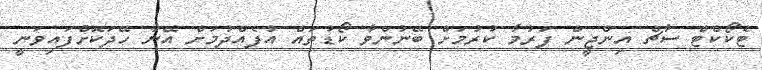
ޓެކޯކެޓް ސާޗް އިންޖީން ފަރުމާ ކުރުމަށް ބޭނުންވާ ކޯޑުތައް އުފެއްދުމަށް އޭނާ ހޭދަކޮށްފައިވަނީ